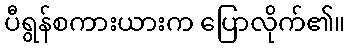
ပီရွန်စကားယားက ပြောလိုက်၏။